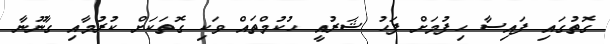
ގޮތުގައި ފައިސާ ހިފުމަށް ފަހު ޝަރުއީ ހުކުމްތައް ވަކި ގޮތަކަށް ކުރުމާއި ގާނޫނާ